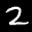
Label: 2